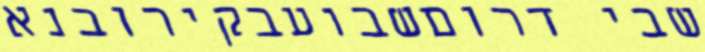
שבי דרוםשבועבקירובנא